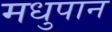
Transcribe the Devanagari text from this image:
मधुपान